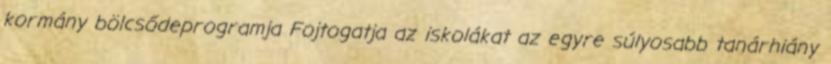
kormány bölcsődeprogramja Fojtogatja az iskolákat az egyre súlyosabb tanárhiány